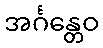
အင်္ဂန္တေဝ